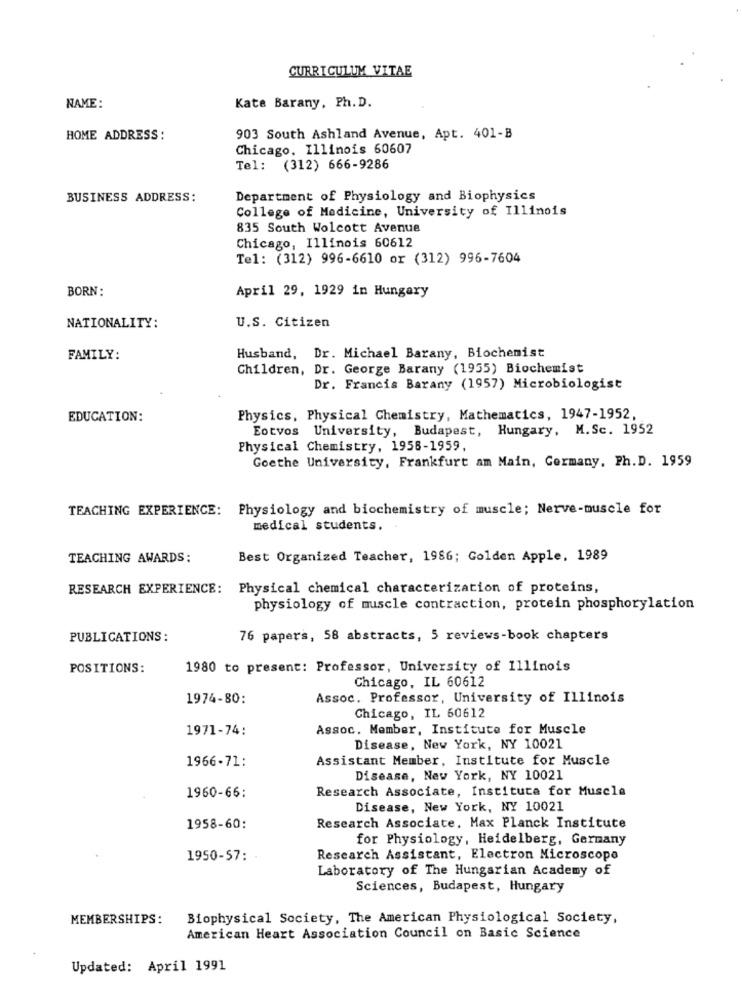
CURRICULUM VITAE
NAME:
Kate Barany, Ph. D.
HOME ADDRESS :
903 South Ashland Avenue, Apt. 401-B
Chicago, Illinois 60607
Tel: (312) 666-9286
BUSINESS ADDRESS:
Department of Physiology and Biophysics
College of Medicine, University of Illinois
835 South Wolcott Avenue
Chicago, Illinois 60612
Tel: (312) 996-6610 or (312) 996-7604
BORN:
April 29, 1929 in Hungary
NATIONALITY:
U.S. Citizen
FAMILY:
Husband, Dr. Michael Barany, Biochemist
Children, Dr. George Barany (1955) Biochemist
Dr. Francis Barany (1957) Microbiologist
EDUCATION:
Physics, Physical Chemistry, Mathematics, 1947-1952,
Eotvos University, Budapest, Hungary, M.Sc. 1952
Physical Chemistry, 1958-1959,
Goethe University, Frankfurt am Main, Germany, Ph. D. 1959
TEACHING EXPERIENCE: Physiology and biochemistry of muscle; Nerve-muscle for
medical students.
TEACHING AWARDS:
Best Organized Teacher, 1986; Golden Apple, 1989
RESEARCH EXPERIENCE:
Physical chemical characterization of proteins,
physiology of muscle contraction, protein phosphorylation
PUBLICATIONS:
76 papers, 58 abstracts, 5 reviews-book chapters
POSITIONS:
1980 to present: Professor, University of Illinois
Chicago, IL 60612
1974-80:
Assoc. Professor, University of Illinois
Chicago, IL 60612
1971-74:
Assoc. Member, Institute for Muscle
Disease, New York, NY 10021
1966-71:
Assistant Member, Institute for Muscle
Disease, New York, NY 10021
Research Associate, Institute for Muscle
1960-66:
Disease, New York, NY 10021
1958-60:
Research Associate, Max Planck Institute
for Physiology, Heidelberg, Germany
1950-57:
Research Assistant, Electron Microscope
Laboratory of The Hungarian Academy of
Sciences, Budapest, Hungary
MEMBERSHIPS:
Biophysical Society, The American Physiological Society,
American Heart Association Council on Basic Science
Updated: April 1991